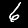
Label: 6